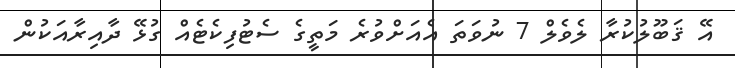
އޭ ޤަބޫލުކުރާ ލެވެލް 7 ނުވަތަ އެއަށްވުރެ މަތީގެ ސެޓުފިކެޓެއް ގުޅޭ ދާއިރާއަކުން